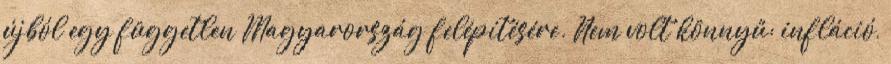
újból egy független Magyarország felépítésére. Nem volt könnyű: infláció,